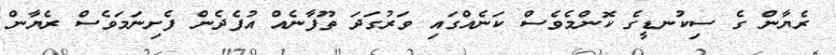
ރެޔާން ގެ ސިކުނޑީގެ ކޮންމެވެސް ކަނެއްގައި ވަރުގަދަ ތޫފާނެއް އުފެދެން ފެށިނަމަވެސް ރެޔާން